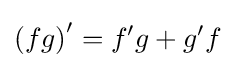
\left(fg\right)'=f'g+g'f